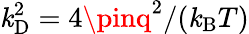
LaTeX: \mathit{k}_{\mathrm{{{D}}}}^{2}=4\pinq^{2}/(\mathit{k}_{\mathrm{{{B}}}}T)